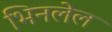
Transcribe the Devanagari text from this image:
भिनलेल